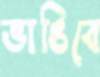
ভাঙিবে